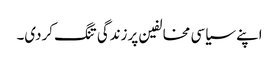
اپنے سیاسی مخالفین پرزندگی تنگ کردی۔